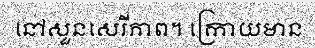
នៅសួនសេរីភាព។ ក្រោយមាន